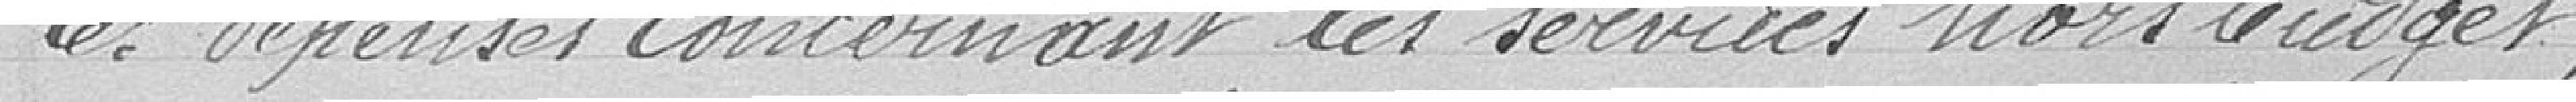
les dépenses concernant les services hors budget.